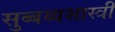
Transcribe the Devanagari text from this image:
सुब्बय्यशास्त्री